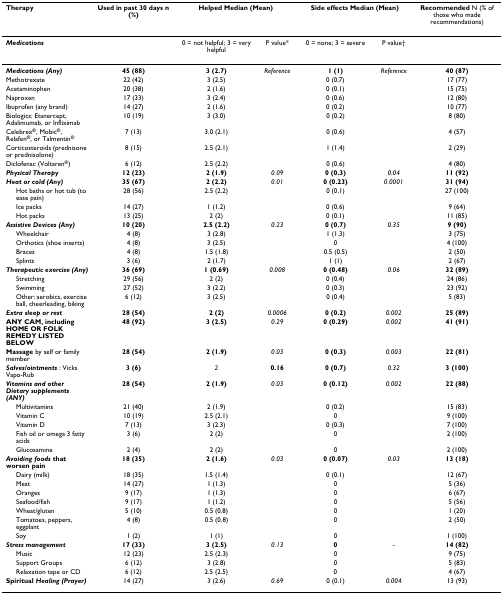
<table><thead><tr><td><b>Therapy</b></td><td><b>Used in past 30 days n (%)</b></td><td colspan="2"><b>Helped Median (Mean)</b></td><td colspan="2"><b>Side effects Median (Mean)</b></td><td><b>Recommended N (% of those who made recommendations)</b></td></tr></thead><tbody><tr><td><b><i>Medications</i></b></td><td></td><td>0 = not helpful; 3 = very helpful</td><td>P value*</td><td>0 = none; 3 = severe</td><td>P value†</td><td></td></tr><tr><td><b><i>Medications (Any)</i></b></td><td><b>45 (88)</b></td><td><b>3 (2.7)</b></td><td><i>Reference</i></td><td><b>1 (1)</b></td><td><i>Reference</i></td><td><b>40 (87)</b></td></tr><tr><td>Methotrexate</td><td>22 (42)</td><td>3 (2.5)</td><td></td><td>0 (0.7)</td><td></td><td>17 (77)</td></tr><tr><td>Acetaminophen</td><td>20 (38)</td><td>2 (1.6)</td><td></td><td>0 (0.1)</td><td></td><td>15 (75)</td></tr><tr><td>Naproxen</td><td>17 (33)</td><td>3 (2.4)</td><td></td><td>0 (0.6)</td><td></td><td>12 (80)</td></tr><tr><td>Ibuprofen (any brand)</td><td>14 (27)</td><td>2 (1.6)</td><td></td><td>0 (0.2)</td><td></td><td>10 (77)</td></tr><tr><td>Biologics: Etanercept, Adalimumab, or Infliximab</td><td>10 (19)</td><td>3 (3.0)</td><td></td><td>0 (0.2)</td><td></td><td>8 (80)</td></tr><tr><td>Celebrex<sup>®</sup>, Mobic<sup>®</sup>, Relafen<sup>®</sup>, or Talmentin<sup>®</sup></td><td>7 (13)</td><td>3.0 (2.1)</td><td></td><td>0 (0.6)</td><td></td><td>4 (57)</td></tr><tr><td>Corticosteroids (prednisone or prednisolone)</td><td>8 (15)</td><td>2.5 (2.1)</td><td></td><td>1 (1.4)</td><td></td><td>2 (29)</td></tr><tr><td>Diclofenac (Voltaren<sup>®</sup>)</td><td>6 (12)</td><td>2.5 (2.2)</td><td></td><td>0 (0.6)</td><td></td><td>4 (80)</td></tr><tr><td><b><i>Physical Therapy</i></b></td><td><b>12 (23)</b></td><td><b>2 (1.9)</b></td><td><i>0.09</i></td><td><b>0 (0.3)</b></td><td><i>0.04</i></td><td><b>11 (92)</b></td></tr><tr><td><b><i>Heat or cold (Any)</i></b></td><td><b>35 (67)</b></td><td><b>2 (2.2)</b></td><td><i>0.01</i></td><td><b>0 (0.23)</b></td><td><i>0.0001</i></td><td><b>31 (94)</b></td></tr><tr><td> Hot baths or hot tub (to ease pain)</td><td>28 (56)</td><td>2.5 (2.2)</td><td></td><td>0 (0.1)</td><td></td><td>27 (100)</td></tr><tr><td> Ice packs</td><td>14 (27)</td><td>1 (1.2)</td><td></td><td>0 (0.6)</td><td></td><td>9 (64)</td></tr><tr><td> Hot packs</td><td>13 (25)</td><td>2 (2)</td><td></td><td>0 (0.1)</td><td></td><td>11 (85)</td></tr><tr><td><b><i>Assistive Devices (Any)</i></b></td><td><b>10 (20)</b></td><td><b>2.5 (2.2)</b></td><td><i>0.23</i></td><td><b>0 (0.7)</b></td><td><i>0.35</i></td><td><b>9 (90)</b></td></tr><tr><td> Wheelchair</td><td>4 (8)</td><td>3 (2.8)</td><td></td><td>1 (1.3)</td><td></td><td>3 (75)</td></tr><tr><td> Orthotics (shoe inserts)</td><td>4 (8)</td><td>3 (2.5)</td><td></td><td>0</td><td></td><td>4 (100)</td></tr><tr><td> Braces</td><td>4 (8)</td><td>1.5 (1.8)</td><td></td><td>0.5 (0.5)</td><td></td><td>2 (50)</td></tr><tr><td> Splints</td><td>3 (6)</td><td>2 (1.7)</td><td></td><td>1 (1)</td><td></td><td>2 (67)</td></tr><tr><td><b><i>Therapeutic exercise (Any)</i></b></td><td><b>36 (69)</b></td><td><b>1 (0.69)</b></td><td><i>0.008</i></td><td><b>0 (0.48)</b></td><td><i>0.06</i></td><td><b>32 (89)</b></td></tr><tr><td> Stretching</td><td>29 (56)</td><td>2 (2)</td><td></td><td>0 (0.4)</td><td></td><td>24 (86)</td></tr><tr><td> Swimming</td><td>27 (52)</td><td>3 (2.2)</td><td></td><td>0 (0.3)</td><td></td><td>23 (92)</td></tr><tr><td> Other: aerobics, exercise ball, cheerleading, biking</td><td>6 (12)</td><td>3 (2.5)</td><td></td><td>0 (0.4)</td><td></td><td>5 (83)</td></tr><tr><td><b><i>Extra sleep or rest</i></b></td><td><b>28 (54)</b></td><td><b>2 (2)</b></td><td><i>0.0006</i></td><td><b>0 (0.2)</b></td><td><i>0.002</i></td><td><b>25 (89)</b></td></tr><tr><td><b>ANY CAM, including HOME OR FOLK REMEDY LISTED BELOW</b></td><td><b>48 (92)</b></td><td><b>3 (2.5)</b></td><td><i>0.29</i></td><td><b>0 (0.29)</b></td><td><i>0.002</i></td><td><b>41 (91)</b></td></tr><tr><td><b>Massage </b>by self or family member</td><td><b>28 (54)</b></td><td><b>2 (1.9)</b></td><td><i>0.03</i></td><td><b>0 (0.3)</b></td><td><i>0.003</i></td><td><b>22 (81)</b></td></tr><tr><td><b><i>Salves/ointments </i></b>: Vicks Vapo-Rub</td><td><b>3 (6)</b></td><td><i>2</i></td><td><b>0.16</b></td><td><b>0 (0.7)</b></td><td><i>0.32</i></td><td><b>3 (100)</b></td></tr><tr><td><b><i>Vitamins and other Dietary supplements (ANY)</i></b></td><td><b>28 (54)</b></td><td><b>2 (1.9)</b></td><td><i>0.03</i></td><td><b>0 (0.12)</b></td><td><i>0.002</i></td><td><b>22 (88)</b></td></tr><tr><td> Multivitamins</td><td>21 (40)</td><td>2 (1.9)</td><td></td><td>0 (0.2)</td><td></td><td>15 (83)</td></tr><tr><td> Vitamin C</td><td>10 (19)</td><td>2.5 (2.1)</td><td></td><td>0</td><td></td><td>9 (100)</td></tr><tr><td> Vitamin D</td><td>7 (13)</td><td>3 (2.3)</td><td></td><td>0 (0.3)</td><td></td><td>7 (100)</td></tr><tr><td> Fish oil or omega 3 fatty acids</td><td>3 (6)</td><td>2 (2)</td><td></td><td>0</td><td></td><td>2 (100)</td></tr><tr><td> Glucosamine</td><td>2 (4)</td><td>2 (2)</td><td></td><td>0</td><td></td><td>2 (100)</td></tr><tr><td><b><i>Avoiding foods </i>that worsen pain</b></td><td><b>18 (35)</b></td><td><b>2 (1.6)</b></td><td><i>0.03</i></td><td><b>0 (0.07)</b></td><td><i>0.03</i></td><td><b>13 (18)</b></td></tr><tr><td> Dairy (milk)</td><td>18 (35)</td><td>1.5 (1.4)</td><td></td><td>0 (0.1)</td><td></td><td>12 (67)</td></tr><tr><td> Meat</td><td>14 (27)</td><td>1 (1.3)</td><td></td><td>0</td><td></td><td>5 (36)</td></tr><tr><td> Oranges</td><td>9 (17)</td><td>1 (1.3)</td><td></td><td>0</td><td></td><td>6 (67)</td></tr><tr><td> Seafood/fish</td><td>9 (17)</td><td>1 (1.2)</td><td></td><td>0</td><td></td><td>5 (56)</td></tr><tr><td> Wheat/gluten</td><td>5 (10)</td><td>0.5 (0.8)</td><td></td><td>0</td><td></td><td>1 (20)</td></tr><tr><td> Tomatoes, peppers, eggplant</td><td>4 (8)</td><td>0.5 (0.8)</td><td></td><td>0</td><td></td><td>2 (50)</td></tr><tr><td> Soy</td><td>1 (2)</td><td>1 (1)</td><td></td><td>0</td><td></td><td>1 (100)</td></tr><tr><td><b><i>Stress management</i></b></td><td><b>17 (33)</b></td><td><b>3 (2.5)</b></td><td><i>0.13</i></td><td><b>0</b></td><td><i>-</i></td><td><b>14 (82)</b></td></tr><tr><td> Music</td><td>12 (23)</td><td>2.5 (2.3)</td><td></td><td>0</td><td></td><td>9 (75)</td></tr><tr><td> Support Groups</td><td>6 (12)</td><td>3 (2.8)</td><td></td><td>0</td><td></td><td>5 (83)</td></tr><tr><td> Relaxation tape or CD</td><td>6 (12)</td><td>2.5 (2.5)</td><td></td><td>0</td><td></td><td>4 (67)</td></tr><tr><td><b>Spiritual <i>Healing (Prayer)</i></b></td><td>14 (27)</td><td>3 (2.6)</td><td><i>0.69</i></td><td>0 (0.1)</td><td><i>0.004</i></td><td>13 (93)</td></tr></tbody></table>